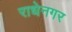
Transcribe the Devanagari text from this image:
राधेनगर